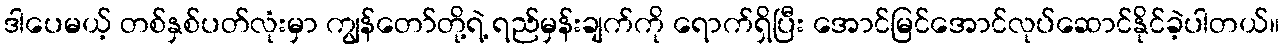
ဒါပေမယ့် တစ်နှစ်ပတ်လုံးမှာ ကျွန်တော်တို့ရဲ့ ရည်မှန်းချက်ကို ရောက်ရှိပြီး အောင်မြင်အောင်လုပ်ဆောင်နိုင်ခဲ့ပါတယ်။